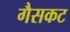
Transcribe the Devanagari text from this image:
गैसकट